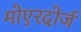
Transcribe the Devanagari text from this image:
मोएरदोर्ज